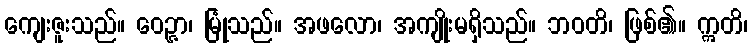
ကျေးဇူးသည်။ ဝေဉ္ဇာ၊ မြုံသည်။ အဖလော၊ အကျိုးမရှိသည်။ ဘဝတိ၊ ဖြစ်၏။ ဣတိ၊